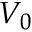
V _ { 0 }